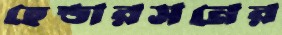
হেন্ডারসনের